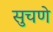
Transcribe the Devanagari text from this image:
सुचणे